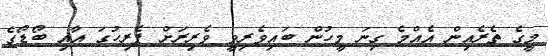
މީގެ ތެރެއިން އެއްމެ ގިނަ މީހުން ބައިވެރިވީ ވެރިރަށް ޕެރިހުގަ އާއި ބޯޑޯގެ